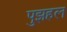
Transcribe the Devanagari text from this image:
पुझहल